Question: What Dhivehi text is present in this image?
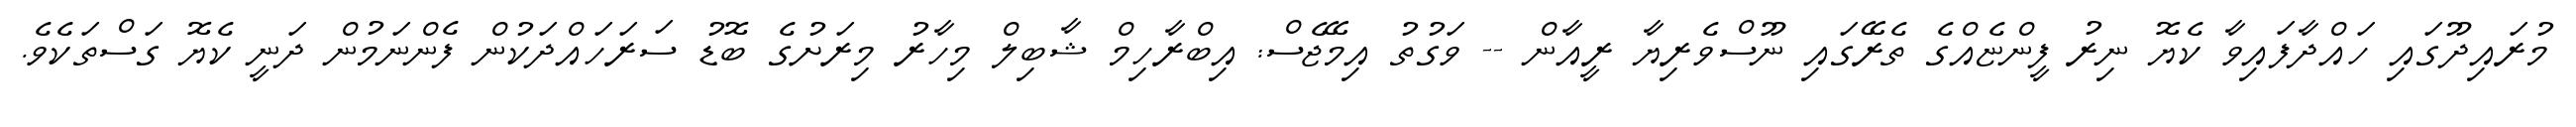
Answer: މުރައިދޫގައި ހައްދާފައިވާ ކެޔޮ ނިރު ފީންޏެއްގެ ތެރޭގައި ނޫސްވެރިޔާ ރީއާން -- ވަގުތު އިމޭޖެސް: އިބްރާހިމް ޝާބިލް މިހާރު މިރަށުގެ ބޮޑު ސަރަހައްދަކުން ފެންނަމުން ދަނީ ކެޔޮ ގަސްތަކެވެ.